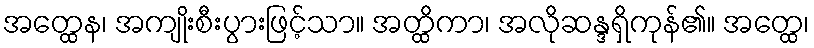
အတ္ထေန၊ အကျိုးစီးပွားဖြင့်သာ။ အတ္ထိကာ၊ အလိုဆန္ဒရှိကုန်၏။ အတ္ထေ၊